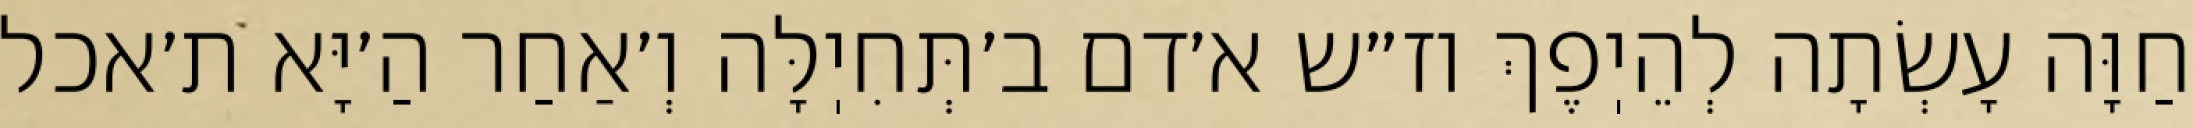
חַוָּה עָשְׂתָה לְהֵיֽפֶךְ וז״ש א׳דם ב׳תְּחִיֽלָּה וְ׳אַחַר הַ׳יָּא ת׳אכל